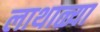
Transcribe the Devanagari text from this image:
लाथाळ्या